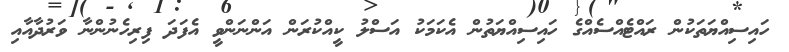
ހައިސިއްޔަތަކުން ރައްޓެއްސެއްގެ ހައިސިއްޔަތުން އެކަމަކު އަސްލު ކީއްކުރަން އަންނަންވީ އެފަދަ ފިރިހެނުންނާ ވަރުދާއާއި